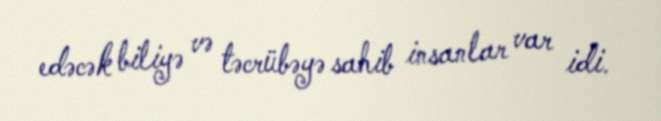
edəcək biliyə və təcrübəyə sahib insanlar var idi.